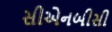
સીએનબીસી